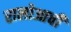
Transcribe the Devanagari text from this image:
रालोआची